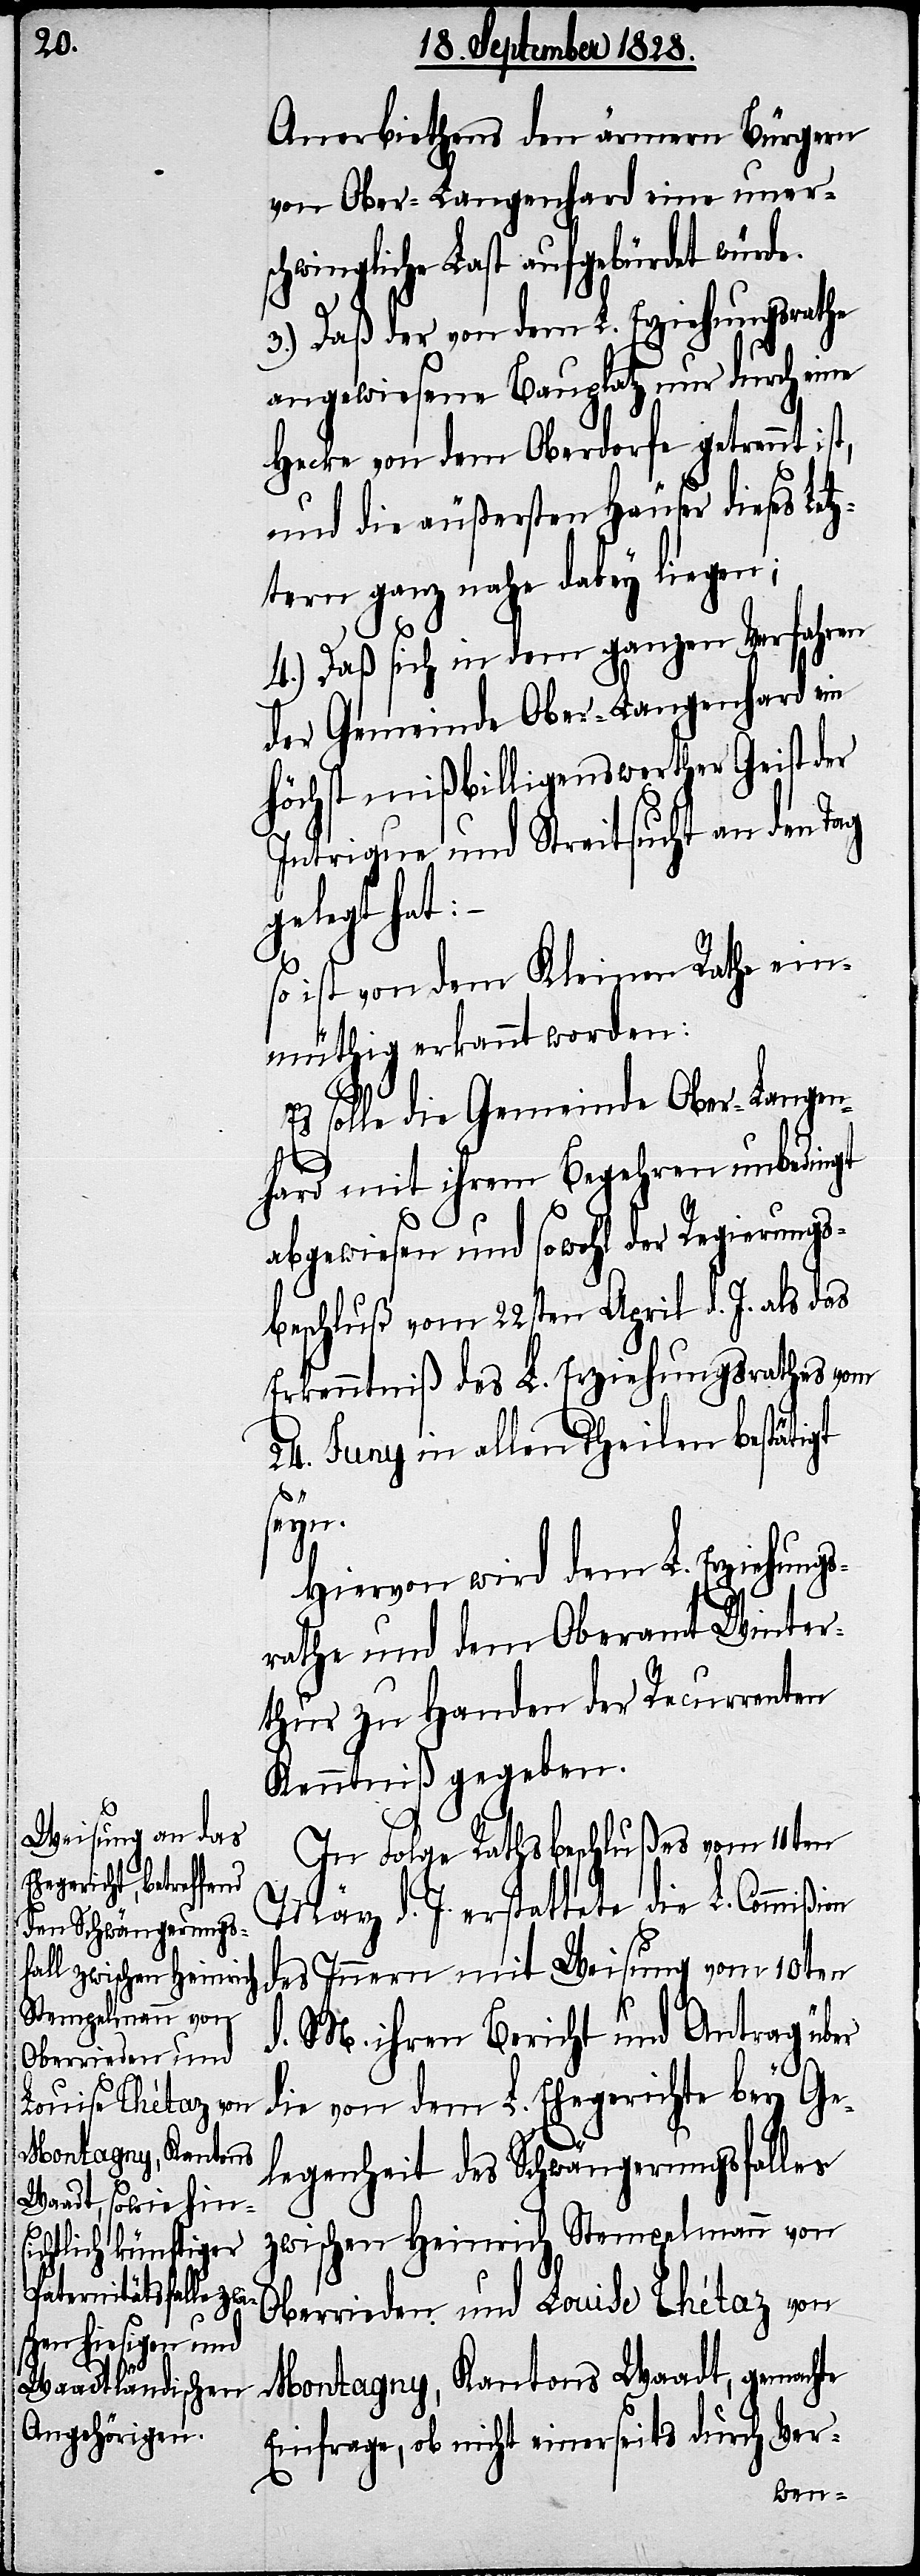
Anerbiethens den ärmern Bürgern
von Ober-Langenhard eine uner¬
schwingliche Last aufgebürdet würde.
3.) Daß der von dem L. Erziehungsrathe
angewiesene Bauplatz nur durch eine
Hecke von dem Oberdorfe getrennt
und die äußersten Häuser dieses Let¬
ztern ganz nahe dabey liegen;
4.) Daß sich in dem ganzen Verfahren
der Gemeinde Ober-Langenhard ein
höchst mißbilligenswerther Geist der
Intrigue und Streitsucht an den Tag
gelegt hat:
so ist von dem Kleinen Rathe ein¬
müthig erkannt worden:
Es solle die Gemeinde Ober-Langen¬
hard mit ihrem Begehren unbedingt
abgewiesen und sowohl der Regierungs¬
beschluß vom 22sten April d. J. als das
Erkenntniß des L. Erziehungsrathes vom
24. Juny in allen Theilen bestätigt
ßion
Hiervon wird dem L. Erziehungs¬
rathe und dem Oberamt Winter¬
thur zu Handen der Recurrenten
Kenntniß gegeben.
In Folge Rathsbeschlußes vom 11ten
März d. J. erstattete die L. Commi¬
des Innern mit Weisung vom 10ten
d. M. ihren Bericht und Antrag über
die von dem L. Ehegerichte bey Ge¬
legenheit des Schwängerungsfalles
zwischen Heinrich Stempelmann von
Oberrieden und Louise Thétaz von
Montagny, Kantons Waadt, gemachte
Einfrage, ob nicht einerseits durch Ver-